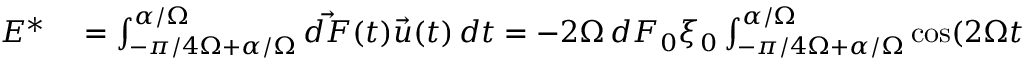
\begin{array} { r l } { E ^ { * } } & { { } = \int _ { - \pi / 4 \Omega + \alpha / \Omega } ^ { \alpha / \Omega } { \vec { d F } } ( t ) { \vec { u } } ( t ) \, d t = - 2 \Omega \, d F _ { 0 } \xi _ { 0 } \int _ { - \pi / 4 \Omega + \alpha / \Omega } ^ { \alpha / \Omega } \cos ( 2 \Omega t ) \sin ( 2 ( \Omega t - \alpha ) ) \, d t } \end{array}